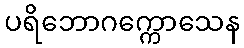
ပရိဘောဂက္ကောသေန